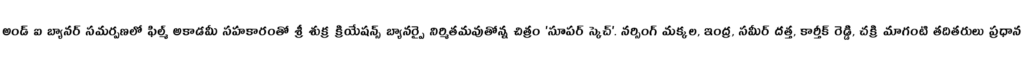
అండ్ ఐ బ్యానర్ సమర్పణలో ఫిల్మ్ అకాడమీ సహకారంతో శ్రీ శుక్ర క్రియేషన్స్ బ్యానర్పై నిర్మితమవుతోన్న చిత్రం 'సూపర్ స్కెచ్'. నర్సింగ్ మక్కల, ఇంద్ర, సమీర్ దత్త, కార్తీక్ రెడ్డి, చక్రి మాగంటి తదితరులు ప్రధాన